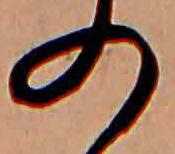
の